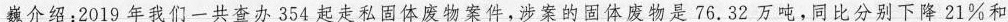
巍介绍：2019年我们一共查办354起走私固体废物案件，涉案的固体废物是76.32万吨，同比分别下降21%和